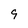
Character: 9